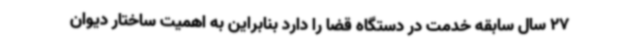
27 سال سابقه خدمت در دستگاه قضا را دارد بنابراین به اهمیت ساختار دیوان